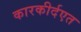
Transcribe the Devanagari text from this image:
कारकीर्दएत